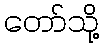
တော်သို့